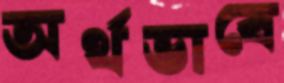
অর্থভাবে